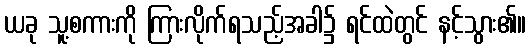
ယခု သူ့စကားကို ကြားလိုက်ရသည့်အခါ၌ ရင်ထဲတွင် နင့်သွား၏။